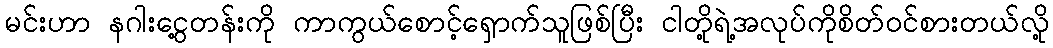
မင်းဟာ နဂါးငွေ့တန်းကို ကာကွယ်စောင့်ရှောက်သူဖြစ်ပြီး ငါတို့ရဲ့အလုပ်ကိုစိတ်ဝင်စားတယ်လို့